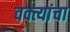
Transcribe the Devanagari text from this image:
वक्त्यांचा